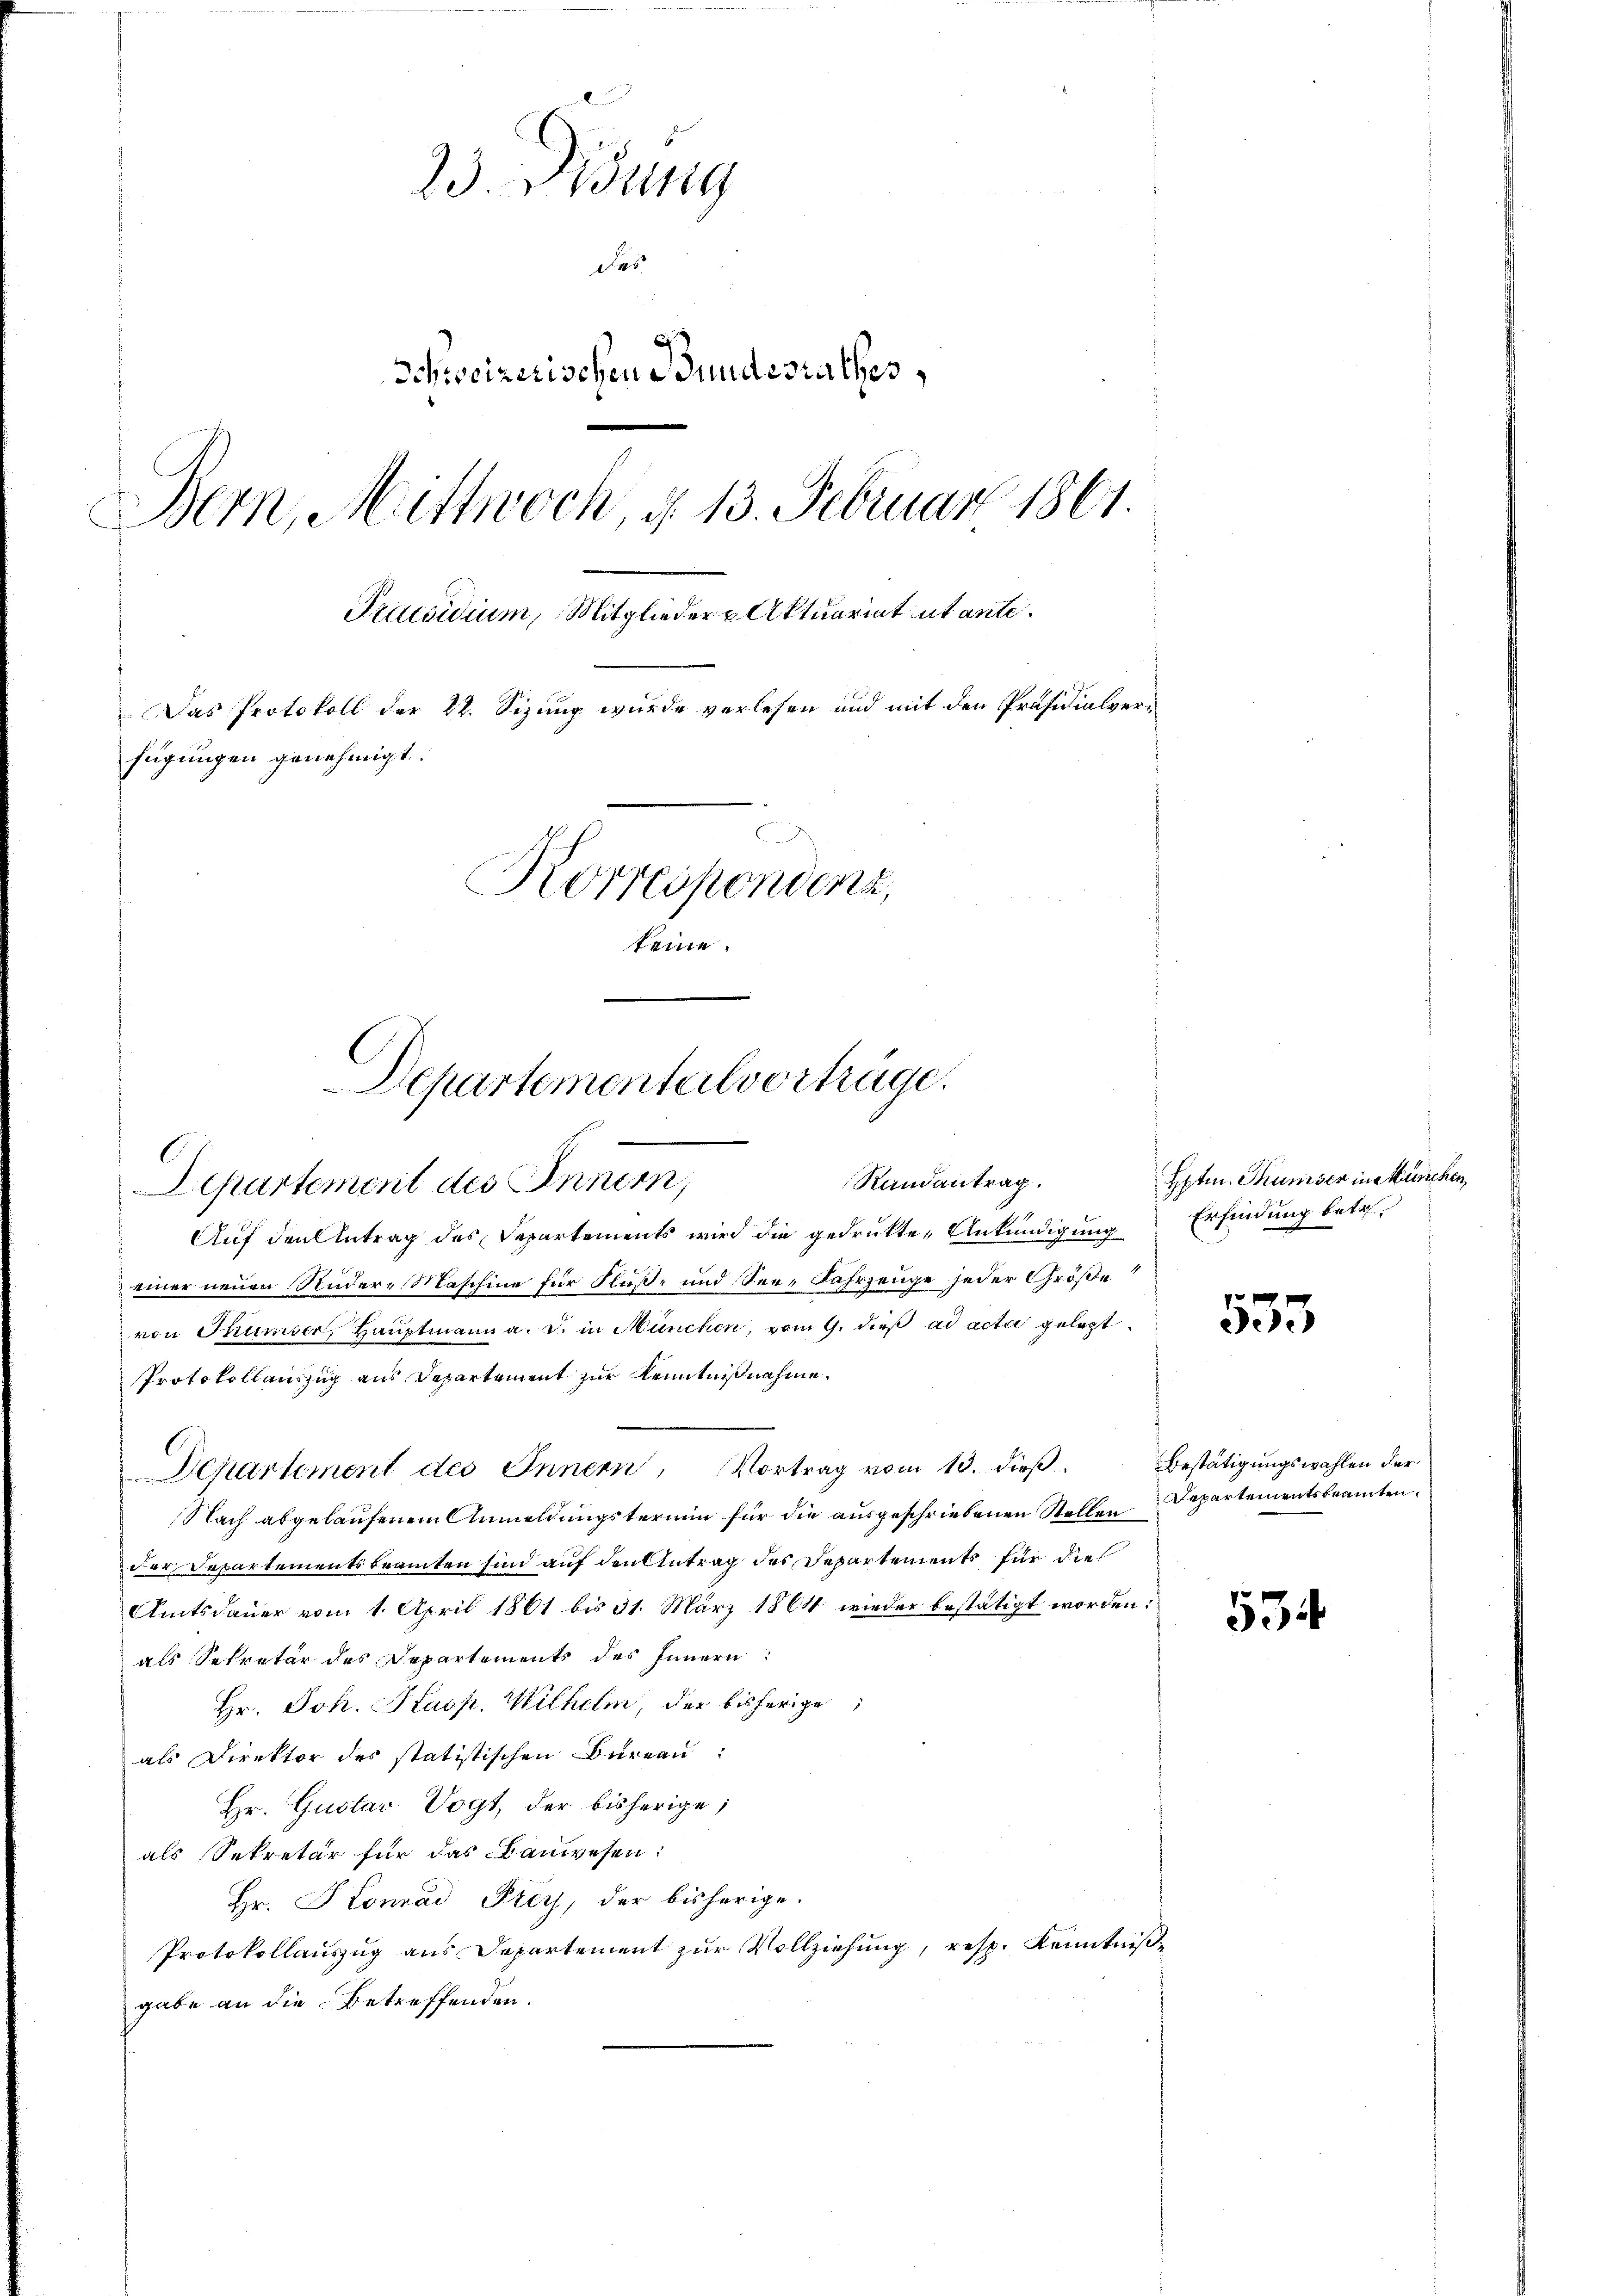
23. Didung
des
Schweizerischen Bundesrathes,
Bern, Mittwoch, d. 13. Februar 1861.
Präsidium, Mitglieder u Aktuariat ut ante¬
Das Protokoll der 22. Sizung wurde verlesen und mit den Präsidialverfügungen genehmigt.
Korrespondenz,
teine.

Departementalvorträge.
¬
Randantrag.
Separtement des Inner,

l

Auf den Antrag des Departements wird die gedrukte Ankündigung
einer neuen Rudere Maschine für Fluß- und See-Fahrzeuge jeder Größe
von Thumser, Hauptmann a. s. in München, vom 9. dieß ad acta gelegt
Protokollanzug aus Departement zur Kenntnißnahme.
Departement des Innern, Vortrag vom 13. dieβ. Bestätigungswahlen der
Nach abgelaufenen Anmeldungstermin für die ausgeschriebenen Stellen
der Departementsbeamten sind auf den Antrag des Departements für die
Amtsdauer vom 1. April 1861 bis 31. März 1864 wieder bestätigt worden:
als Sekretär des Departements des Innern:
Hr. Joh. Kasp. Wilhelm, der bisherige
als Direktor des statistischen Bureau:
Hr. Gustav Vogt, der bisherige;
als Sekretär für das Bauwesen:
Hr. Konrad Frey, der bisherige.
Protokollauszug aus Departement zur Vollziehung, resp. Kenntniße
gabe an die Betreffenden.

Hptm. Thunser in München,
Erfindung betr.

p
e).

534

Departementsbeamten.